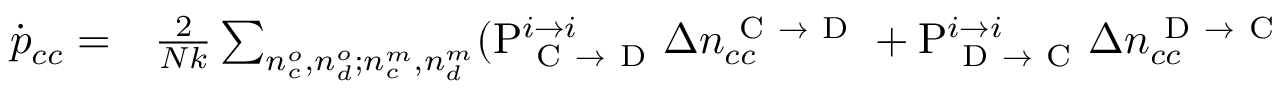
\begin{array} { r l } { \dot { p } _ { c c } = } & { { } \frac { 2 } { N k } \sum _ { n _ { c } ^ { o } , n _ { d } ^ { o } ; n _ { c } ^ { m } , n _ { d } ^ { m } } ( \mathrm { P } _ { \mathrm { ~ C ~ } \rightarrow \mathrm { ~ D ~ } } ^ { i \rightarrow i } \Delta n _ { c c } ^ { \mathrm { ~ C ~ } \rightarrow \mathrm { ~ D ~ } } + \mathrm { P } _ { \mathrm { ~ D ~ } \rightarrow \mathrm { ~ C ~ } } ^ { i \rightarrow i } \Delta n _ { c c } ^ { \mathrm { ~ D ~ } \rightarrow \mathrm { ~ C ~ } } } \end{array}